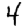
Digit: 4